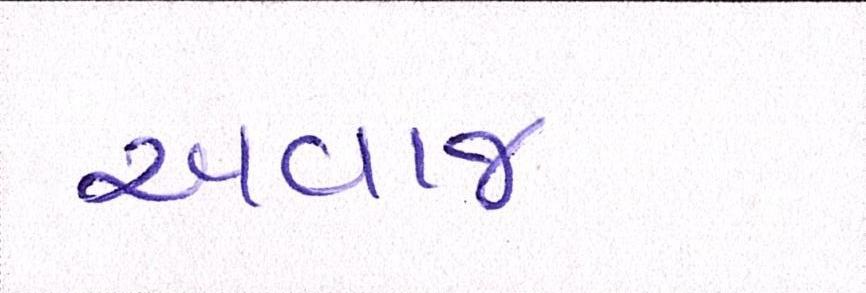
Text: અવાજ